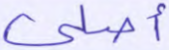
أصلي